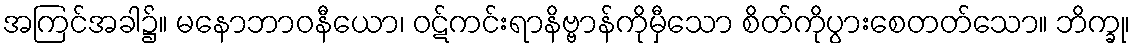
အကြင်အခါ၌။ မနောဘာဝနီယော၊ ဝဋ်ကင်းရာနိဗ္ဗာန်ကိုမှီသော စိတ်ကိုပွားစေတတ်သော။ ဘိက္ခု၊